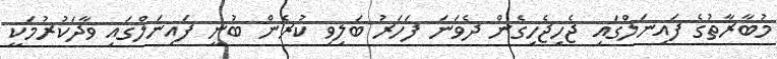
މުބާރާތުގެ ފައިނަލްގައި ޖެހިޖެހިގެން ދެވަނަ ފަހަރު ބަލިވި ކުރެން ބުނީ ފައިނަލްގައި ވާދަކުރުމަކީ